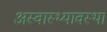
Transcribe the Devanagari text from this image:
अस्वास्थ्यावस्था